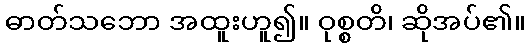
ဓာတ်သဘော အထူးဟူ၍။ ဝုစ္စတိ၊ ဆိုအပ်၏။